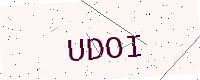
Text: UDOI